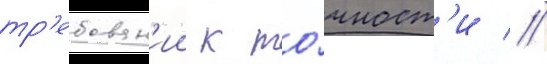
тр'ебован'ии к то́чност'и //